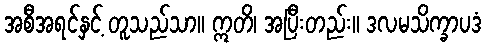
အစီအရင်နှင့် တူသည်သာ။ ဣတိ၊ အပြီးတည်း။ ဒလမသိက္ခာပဒံ